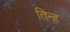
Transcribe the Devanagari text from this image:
तिन्ह